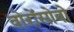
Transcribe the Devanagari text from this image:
वोरोंसोवो